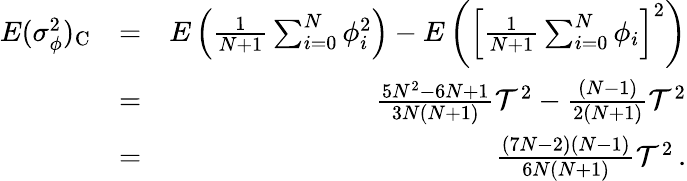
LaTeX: \begin{array}{rlr}{E(\sigma_{\phi}^{2})_{\mathrm C}}&{=}&{E\left({\frac{1}{N+1}}\sum_{i=0}^{N}\phi_{i}^{2}\right)-E\left(\left[{\frac{1}{N+1}}\sum_{i=0}^{N}\phi_{i}\right]^{2}\right)}\\ &{=}&{{\frac{5N^{2}-6N+1}{3N(N+1)}}\mathcal{T}^{2}-{\frac{(N-1)}{2(N+1)}}\mathcal{T}^{2}}\\ &{=}&{{\frac{(7N-2)(N-1)}{6N(N+1)}}\mathcal{T}^{2}\, .}\end{array}